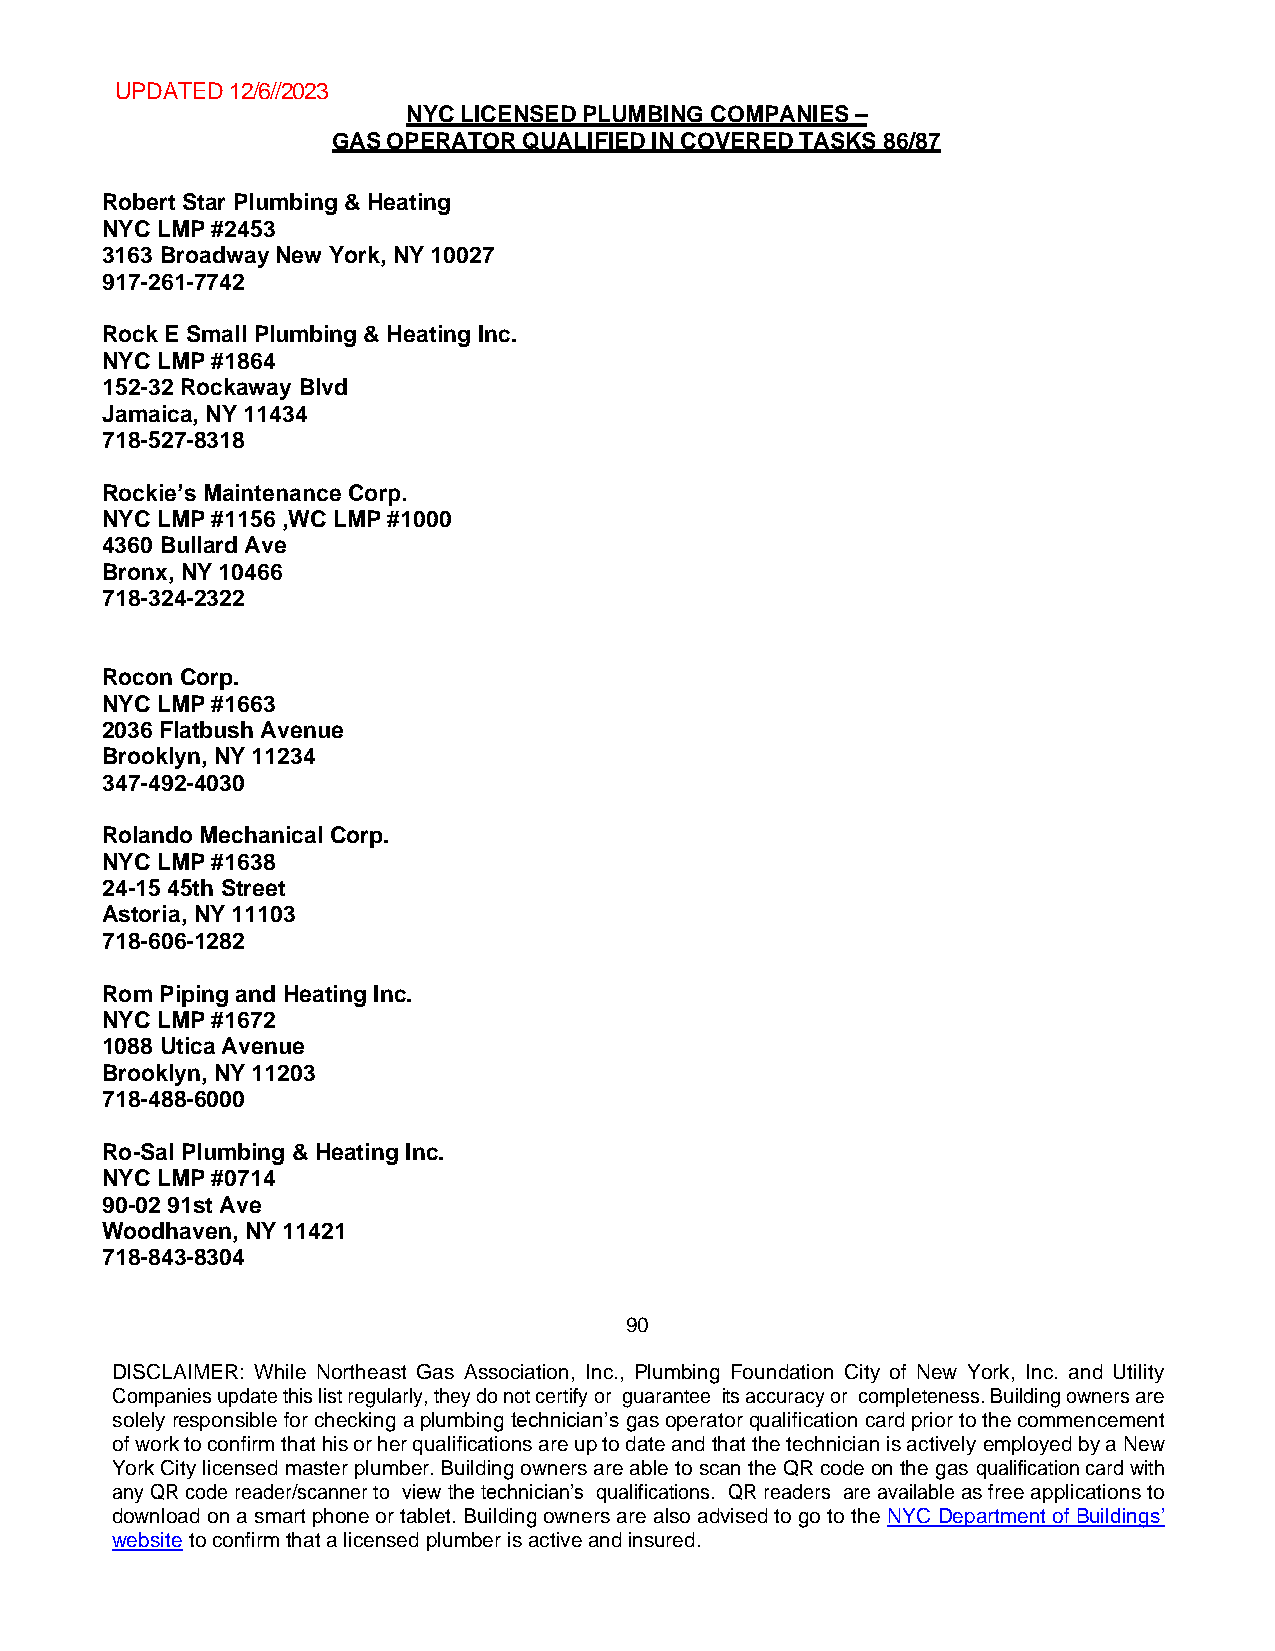
UPDATED 12/6//2023
 NYC LICENSED PLUMBING COMPANIES –
 GAS OPERATOR QUALIFIED IN COVERED TASKS 86/87
 Robert Star Plumbing & Heating
 NYC LMP #2453
 3163 Broadway New York, NY 10027
 917-261-7742
 Rock E Small Plumbing & Heating Inc.
 NYC LMP #1864
 152-32 Rockaway Blvd
 Jamaica, NY 11434
 718-527-8318
 Rockie’s Maintenance Corp.
 NYC LMP #1156 ,WC LMP #1000
 4360 Bullard Ave
 Bronx, NY 10466
 718-324-2322
 Rocon Corp.
 NYC LMP #1663
 2036 Flatbush Avenue
 Brooklyn, NY 11234
 347-492-4030
 Rolando Mechanical Corp.
 NYC LMP #1638
 24-15 45th Street
 Astoria, NY 11103
 718-606-1282
 Rom Piping and Heating Inc.
 NYC LMP #1672
 1088 Utica Avenue
 Brooklyn, NY 11203
 718-488-6000
 Ro-Sal Plumbing & Heating Inc.
 NYC LMP #0714
 90-02 91st Ave
 Woodhaven, NY 11421
 718-843-8304
 90
 DISCLAIMER: While Northeast Gas Association, Inc., Plumbing Foundation City of New York, Inc. and Utility
 Companies update this list regularly, they do not certify or guarantee its accuracy or completeness. Building owners are
 solely responsible for checking a plumbing technician’s gas operator qualification card prior to the commencement
 of work to confirm that his or her qualifications are up to date and that the technician is actively employed by a New
 York City licensed master plumber. Building owners are able to scan the QR code on the gas qualification card with
 any QR code reader/scanner to view the technician’s qualifications. QR readers are available as free applications to
 download on a smart phone or tablet. Building owners are also advised to go to the NYC Department of Buildings’
 website to confirm that a licensed plumber is active and insured.